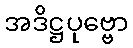
အဒိဋ္ဌပုဗ္ဗော